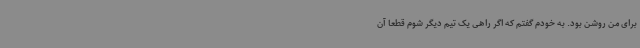
برای من روشن بود. به خودم گفتم که اگر راهی یک تیم دیگر شوم قطعا آن